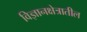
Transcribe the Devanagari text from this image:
विज्ञानक्षेत्रातील